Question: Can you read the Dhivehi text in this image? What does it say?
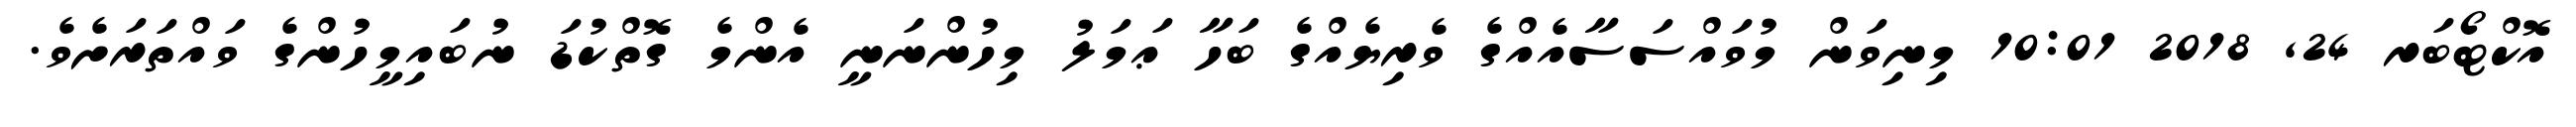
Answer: އޮކްޓޯބަރ 24, 2018 10:01 މިނިވަން މުވައްސަސާއެއްގެ ވެރިޔެއްގެ ބަހާ ޢަމަލު މިހުންނަނީ އެންމެ ގޮތްކުޑަ ނުބައިމީހުންގެ ވައްތަރަށެވެ.